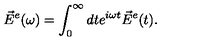
\vec { E } ^ { e } ( \omega ) = \int _ { 0 } ^ { \infty } d t e ^ { i \omega t } \vec { E } ^ { e } ( t ) .